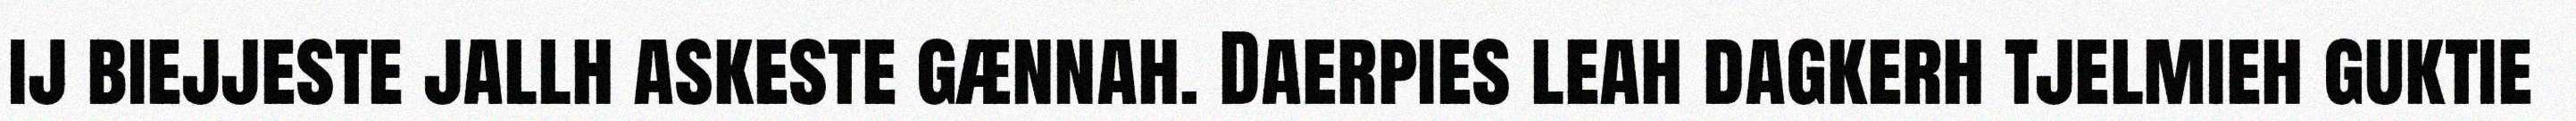
ij biejjeste jallh askeste gænnah. Daerpies leah dagkerh tjelmieh guktie